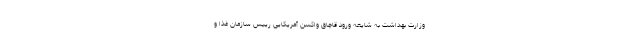
وزارت بهداشت به شایعه ورود قاچاق واکسن آمریکایی رییس سازمان غذا و